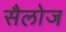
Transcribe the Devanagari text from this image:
सैलोज